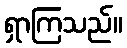
ရှာကြသည်။